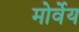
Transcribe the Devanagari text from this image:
मोर्वेय